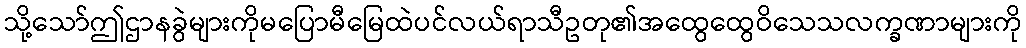
သို့သော်ဤဌာနခွဲများကိုမပြောမီမြေထဲပင်လယ်ရာသီဥတု၏အထွေထွေဝိသေသလက္ခဏာများကို